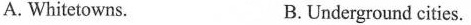
A. Whitetowns. B.Underground cities.